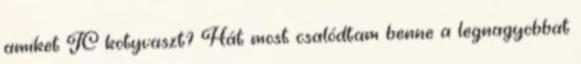
amiket JC kotyvaszt? Hát most csalódtam benne a legnagyobbat